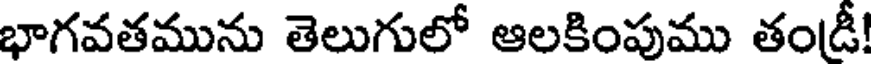
భాగవతమును తెలుగులో ఆలకింపుము తండీ!